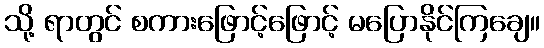
သို့ ရာတွင် စကားဖြောင့်ဖြောင့် မပြောနိုင်ကြချေ။